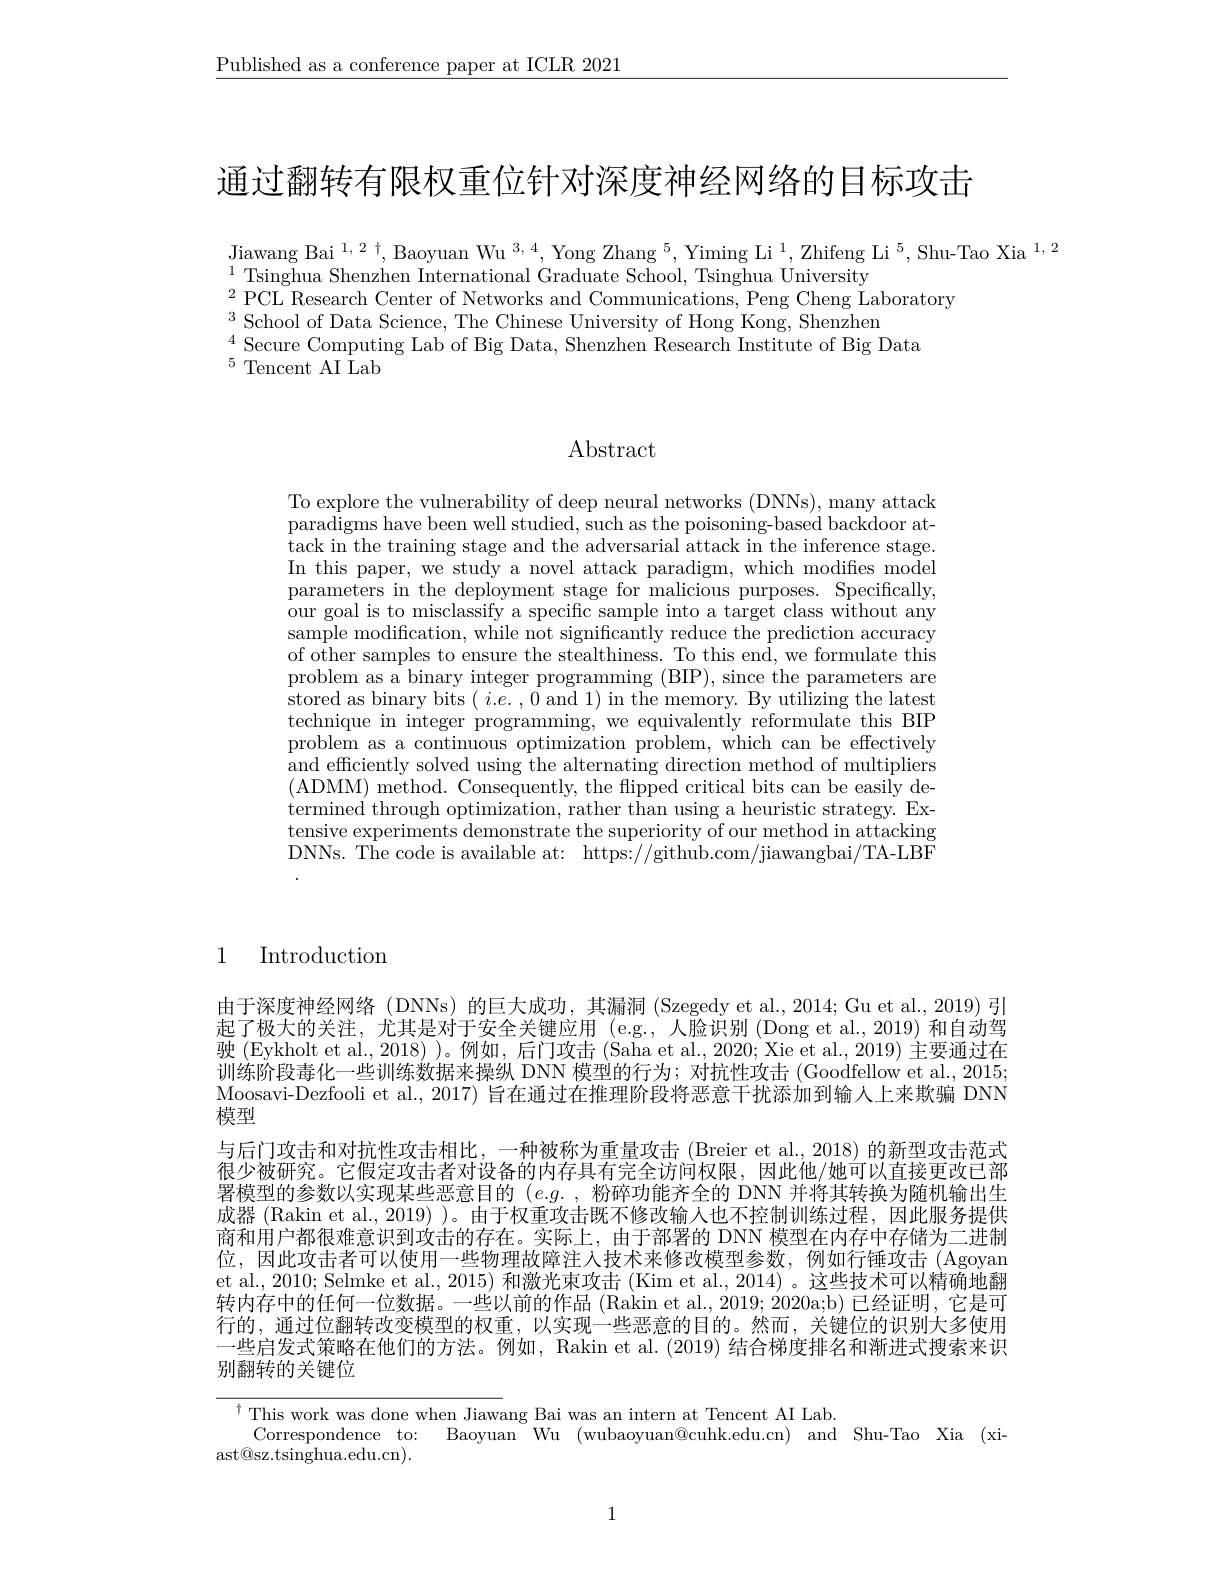
$\underline{\text{Published as a conference paper at ICLR 2021}}$

通过翻转有限权重位针对深度神经网络的目标攻击

$\begin{array}{c}\text{Jiawang Bai}^{1,2\dagger,\text{Baoyuan Wu }^{3,4},\text{Yong Zhang }^{5},\text{Yiming Li}^{1},\text{Zhifeng Li}^{5},\text{Shu-Tao Xia}^{1,2}}\\\end{array}$
$^{1}$Tsinghua Shenzhen International Graduate School, Tsinghua University
$^{2}$PCL Research Center of Networks and Communications, Peng Cheng Laboratory
$^{3}$School of Data Science, The Chinese University of Hong Kong, Shenzhen
$^{4}$ Secure Computing Lab of Big Data, Shenzhen Research Institute of Big Data
$^{5}$Tencent AI Lab

# Abstract

To explore the vulnerability of deep neural networks (DNNs), many attack paradigms have been well studied, such as the poisoning-based backdoor attack in the training stage and the adversarial attack in the inference stage. In this paper, we study a novel attack paradigm, which modifies model parameters in the deployment stage for malicious purposes. Specifically, our goal is to misclassify a specific sample into a target class without any sample modification, while not significantly reduce the prediction accuracy of other samples to ensure the stealthiness. To this end, we formulate this problem as a binary integer programming (BIP),since the parameters are stored as binary bits $(i.e.,0$ and 1) in the memory. By utilizing the latest technique in integer programming, we equivalently reformulate this BIP problem as a continuous optimization problem, which can be effectively and efficiently solved using the alternating direction method of multipliers (ADMM) method. Consequently, the flipped critical bits can be easily determined through optimization, rather than using a heuristic strategy. Extensive experiments demonstrate the superiority of our method in attacking DNNs. The code is available at: https://github.com/jiawangbai/TA-LBF

1 Introduction

由于深度神经网络 (DNNs) 的巨大成功，其漏洞 (Szegedy et al., 2014; Gu et al., 2019) 引起了极大的关注，尤其是对于安全关键应用(e.g.,人脸识别(Dong et al.,2019) 和自动驾驶 (Eykholt et al., 2018) )。例如，后门攻击 (Saha et al., 2020; Xie et al., 2019) 主要通过在训练阶段毒化一些训练数据来操纵 DNN 模型的行为；对抗性攻击 (Goodfellow et al., 2015; Moosavi-Dezfooli et al., 2017) 旨在通过在推理阶段将恶意干扰添加到输人上来欺骗 DNN 模型
与后门攻击和对抗性攻击相比，一种被称为重量攻击 (Breier et al.,2018) 的新型攻击范式很少被研究。它假定攻击者对设备的内存具有完全访问权限，因此他/她可以直接更改已部署模型的参数以实现某些恶意目的$(e.g.$,粉碎功能齐全的 DNN 并将其转换为随机输出生成器 (Rakin et al., 2019) )。由于权重攻击既不修改输入也不控制训练过程，因此服务提供商和用户都很难意识到攻击的存在。实际上，由于部署的 DNN 模型在内存中存储为二进制位，因此攻击者可以使用一些物理故障注人技术来修改模型参数，例如行锤攻击 (Agoyan et al., 2010; Selmke et al., 2015) 和激光束攻击 (Kim et al., 2014) 。这些技术可以精确地翻转内存中的任何一位数据。一些以前的作品 (Rakin et al., 2019; 2020a;b) 已经证明，它是可行的，通过位翻转改变模型的权重，以实现一些恶意的目的。然而，关键位的识别大多使用一些启发式策略在他们的方法。例如，Rakin et al. (2019) 结合梯度排名和渐进式搜索来识别翻转的关键位

${\frac{1}{\text{This work was done when Jiawa}}}_{\mathrm{D}}$Bai was an intern at Tencent AI Lab.
Correspondence to: Baoyuan Wu (wubaoyuan@cuhk.edu.cn) and Shu-Tao Xia (xi-
$\operatorname{ast@sz.tsinghua.edu.cn}).$